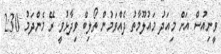
ވީނިއުސް އަށް މިއަދު މައުލޫމާތު ދެއްވަމުން ތޯލިބް ވިދާޅުވީ ރޭ މެންދަމު 2:30